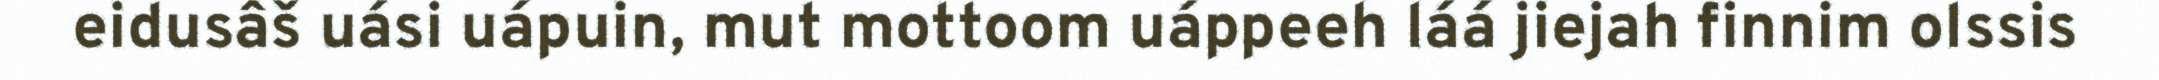
eidusâš uási uápuin, mut mottoom uáppeeh láá jiejah finnim olssis